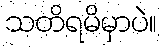
သတိရမိမှာပဲ။